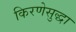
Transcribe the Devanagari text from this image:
किरणेसुद्धा